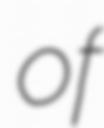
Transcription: of